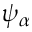
\psi _ { \alpha }